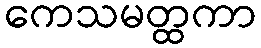
ကေသမတ္ထကာ